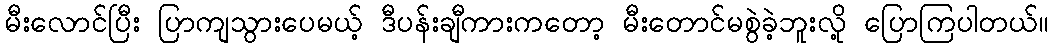
မီးလောင်ပြီး ပြာကျသွားပေမယ့် ဒီပန်းချီကားကတော့ မီးတောင်မစွဲခဲ့ဘူးလို့ ပြောကြပါတယ်။